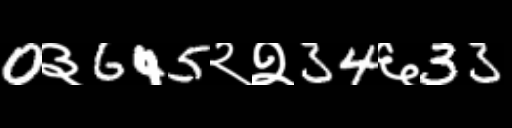
Text: 0३645२२34६33